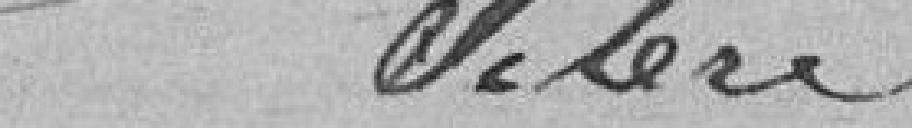
Selere